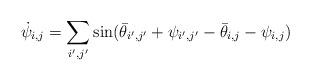
LaTeX: \begin{align*} \dot{\psi}_{i,j} = \sum_{i',j'} \sin(\bar{\theta}_{i',j'} + \psi_{i',j'} - \bar{\theta}_{i,j} - \psi_{i,j}) \end{align*}